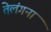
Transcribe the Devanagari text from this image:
तेलंगना